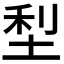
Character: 𫭴